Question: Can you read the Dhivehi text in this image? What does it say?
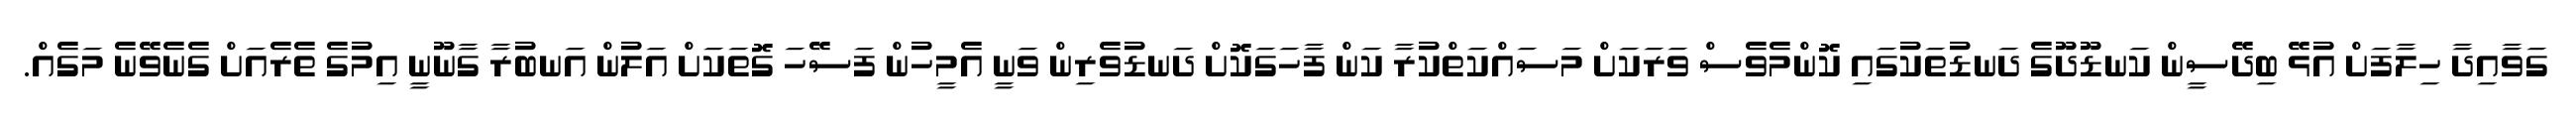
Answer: ގަވާއިދާ ހިލާފަށް އުޅޭ ބިދޭސީން ކަނޑޫދޫގެ ދަނޑުތަކުގައި ކޮންމެވެސް ވަރަކަށް މަސައްކަތްކުރާ ކަން ފާހަގަކޮށް ދަނޑުވެރިން ވަނީ އެމީހުން ފަސޭހަ ގޮތަކަށް އަލުން އަނބުރާ ގާނޫނީ އިމުގެ ތެރެއަށް ގެނެވޭނެ މަގެއް.